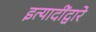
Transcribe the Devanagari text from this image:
इत्यादींद्वारे